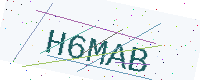
Text: H6MAB